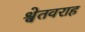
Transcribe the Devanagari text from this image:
श्वेतवराह